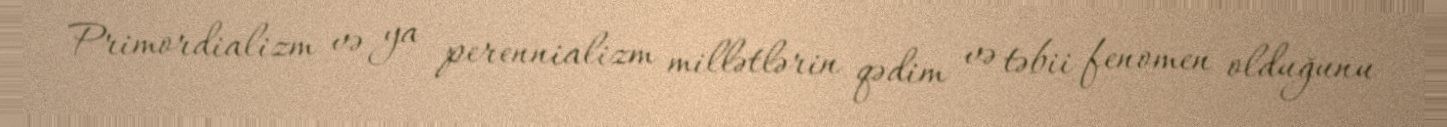
Primordializm və ya perennializm millətlərin qədim və təbii fenomen olduğunu